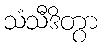
သံသီဒိတွာ